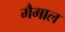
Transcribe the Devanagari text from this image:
मैमाल